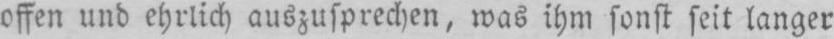
offen und ehrlich auszusprechen, was ihm sonst seit langer